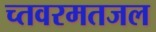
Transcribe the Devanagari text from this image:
च्तवरमतजल